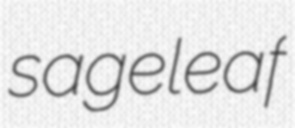
sageleaf